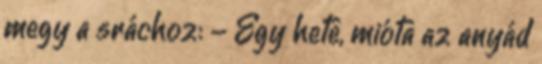
megy a sráchoz: - Egy hete, mióta az anyád